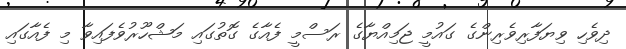
ދިވެހި ވިޔަފާރިވެރިންގެ ގައުމީ ޖަމިއްޔާގެ ރަސްމީ ފެއާގެ ގޮތުގައި މަޝްހޫރުވެފައިވާ މި ފެއާގައި